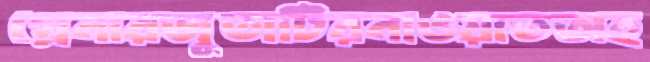
গ্রেনারজুতাটিরনাওয়াতঅহ